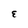
Character: E